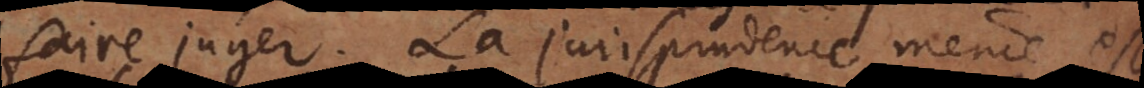
faire juger. La jurisprudence même est